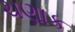
ચણાક